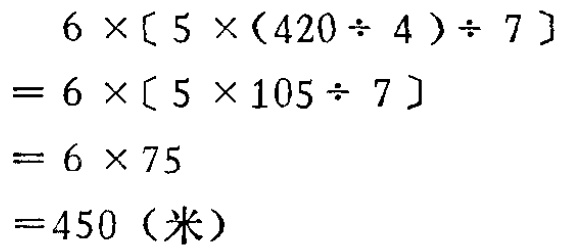
\[
\begin{align*}
&6\times[5\times(420\div4)\div7]\\
=&6\times[5\times105\div7]\\
=&6\times75\\
=&450（米）
\end{align*}
\]